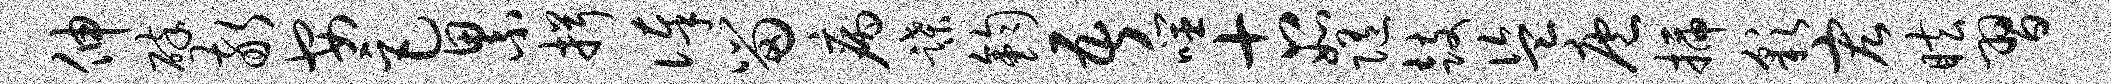
伸碎敬安巨累揖俸留病蹀钧吾噬古如随鼓盗庖插彩宏眩习